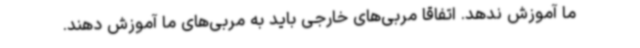
ما آموزش ندهد. اتفاقا مربی‌های خارجی باید به مربی‌های ما آموزش دهند.